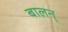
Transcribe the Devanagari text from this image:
बालन्